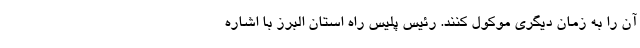
آن را به زمان دیگری موکول کنند. رئیس پلیس راه استان البرز با اشاره